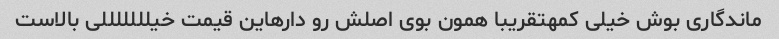
ماندگاری بوش خیلی کمهتقریبا همون بوی اصلش رو دارهاین قیمت خیلللللللی بالاست